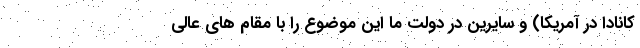
کانادا در آمریکا) و سایرین در دولت ما این موضوع را با مقام های عالی